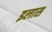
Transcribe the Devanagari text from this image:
इलास